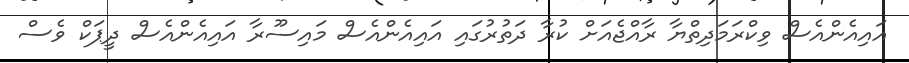
އައިއެންއެސް ވިކްރަމަދިތްޔާ ރާއްޖެއަށް ކުރާ ދަތުރުގައި އައިއެންއެސް މައިސޫރާ އައިއެންއެސް ދީޕަކް ވެސް